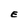
Character: E